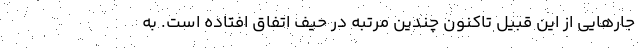
جار‌هایی از این قبیل تاکنون چندین مرتبه در حیف اتفاق افتاده است. به